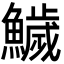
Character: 鱥